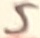
Text: 5